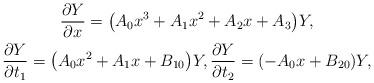
LaTeX: \begin{gather*}\frac{\partial Y}{\partial x} =\big(A_0 x^3+A_1 x^2+A_2 x+A_3 \big)Y ,\\\frac{\partial Y}{\partial t_1} =\big( A_0 x^2+A_1 x+B_{10} \big)Y ,\frac{\partial Y}{\partial t_2}= ( -A_0 x+B_{20} )Y ,\end{gather*}